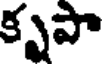
కృపా